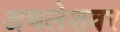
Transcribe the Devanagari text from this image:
अचलेशवर